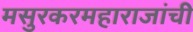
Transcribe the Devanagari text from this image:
मसुरकरमहाराजांची